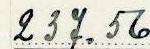
237.56